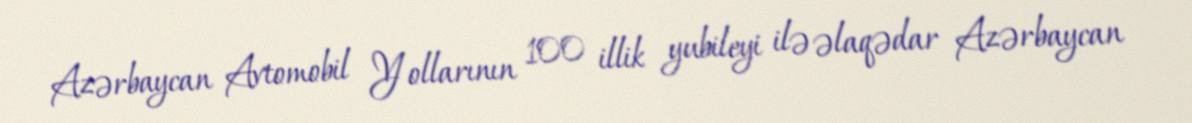
Azərbaycan Avtomobil Yollarının 100 illik yubileyi ilə əlaqədar Azərbaycan